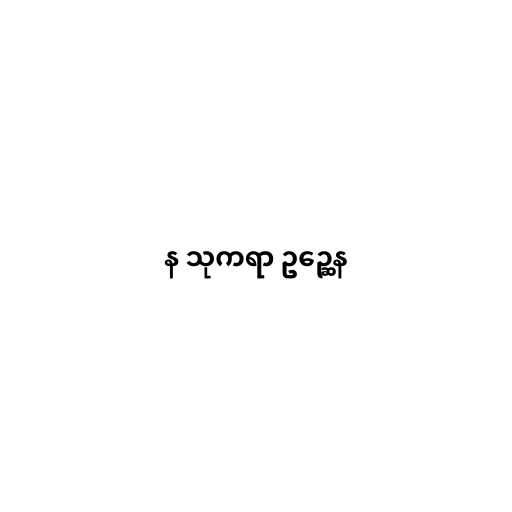
န သုကရာ ဥဉ္ဆေန